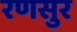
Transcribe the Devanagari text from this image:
रणसुर